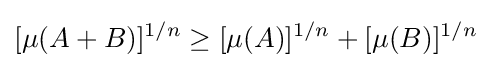
[\mu (A+B)]^{1/n}\geq [\mu (A)]^{1/n}+[\mu (B)]^{1/n}